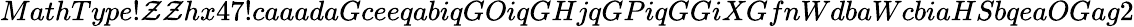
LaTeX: MathType!\mathcal{Z}\mathcal{Z}hx47!caaadaGceeqabiqGOiqGHjqGPiqGGiXGfnWdbaWcbiaHSbqeaOGag2